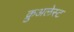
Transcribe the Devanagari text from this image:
क्रुअलेस्ट